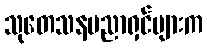
သုတေသနပညာရှင်များက